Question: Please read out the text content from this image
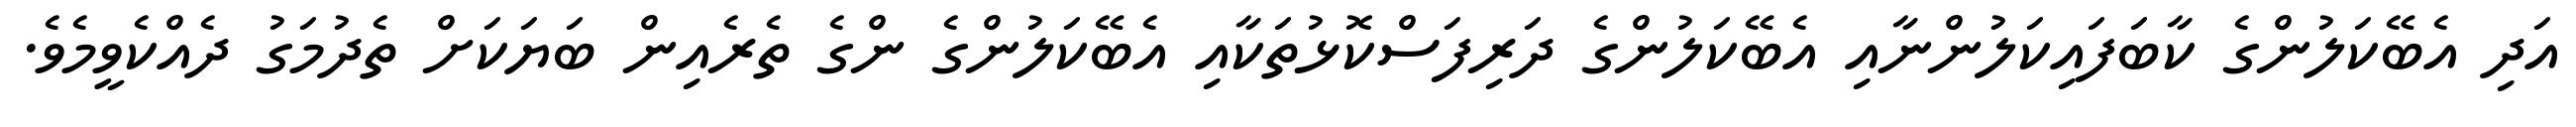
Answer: އަދި އެބޭކަލުންގެ ކާބަފައިކަލުންނާއި އެބޭކަލުންގެ ދަރިފަސްކޮޅުތަކާއި އެބޭކަލުންގެ ންގެ ތެރެއިން ބަޔަކަށް ތެދުމަގު ދެއްކެވީމެވެ.